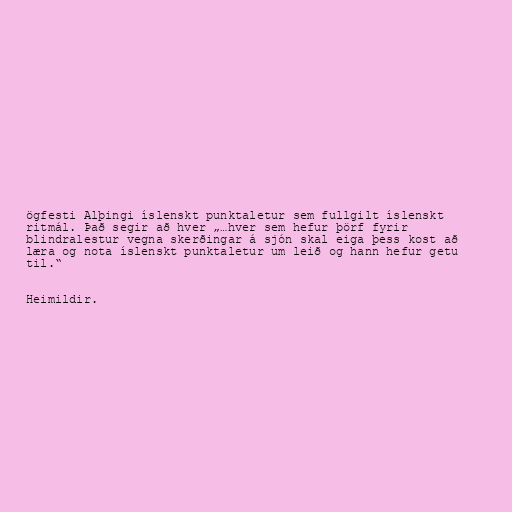
ögfesti Alþingi íslenskt punktaletur sem fullgilt íslenskt
ritmál. Það segir að hver „…hver sem hefur þörf fyrir
blindralestur vegna skerðingar á sjón skal eiga þess kost að
læra og nota íslenskt punktaletur um leið og hann hefur getu
til.“

Heimildir.